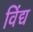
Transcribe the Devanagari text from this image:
विंद्य